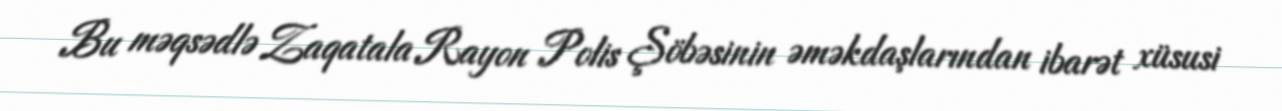
Bu məqsədlə Zaqatala Rayon Polis Şöbəsinin əməkdaşlarından ibarət xüsusi